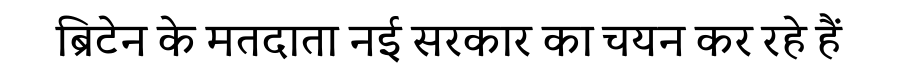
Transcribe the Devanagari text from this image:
ब्रिटेन के मतदाता नई सरकार का चयन कर रहे हैं